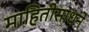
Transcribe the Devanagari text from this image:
माहितीसाधने